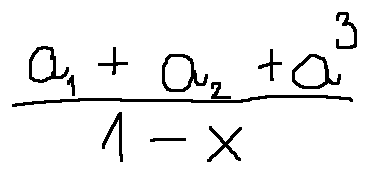
\frac { a _ { 1 } + a _ { 2 } + a ^ { 3 } } { 1 - x }